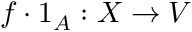
f \cdot 1 _ { A } : X \to V